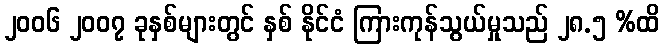
၂၀၀၆ ၂၀၀၇ ခုနှစ်များတွင် နှစ် နိုင်ငံ ကြားကုန်သွယ်မှုသည် ၂၈.၅ %ထိ